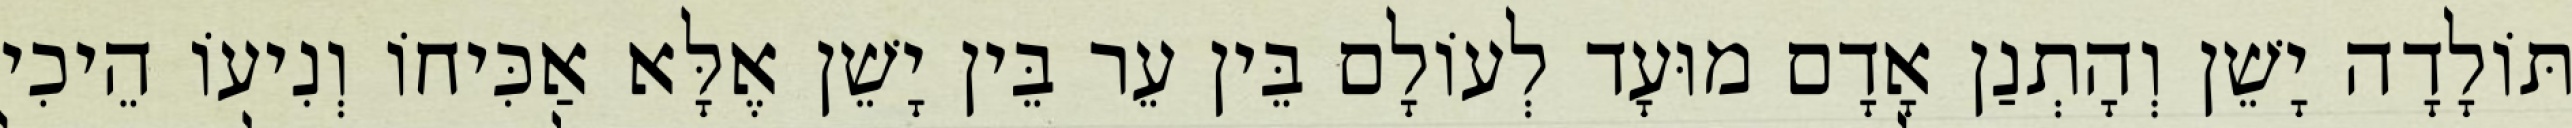
תּוֹלָדָה יָשֵׁן וְהָתְנַן אָדָם מוּעָד לְעוֹלָם בֵּין עֵר בֵּין יָשֵׁן אֶלָּא אַכִּיחוֹ וְנִיעוֹ הֵיכִי